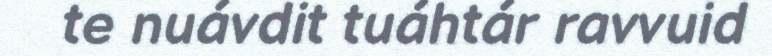
te nuávdit tuáhtár ravvuid